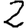
Digit: 2